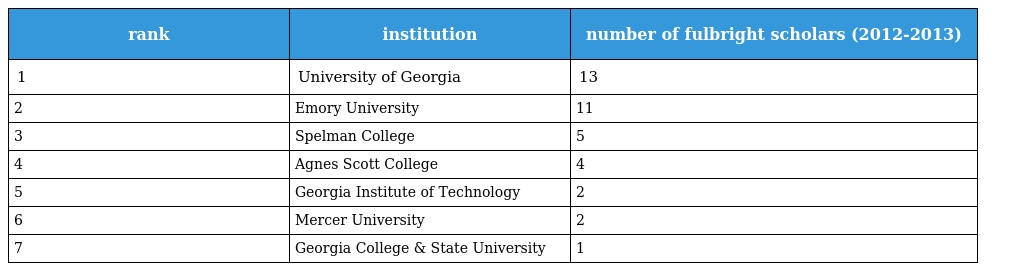
| rank | institution | number of fulbright scholars (2012-2013) |
 | --- | --- | --- |
 | 1 | University of Georgia | 13 |
 | 2 | Emory University | 11 |
 | 3 | Spelman College | 5 |
 | 4 | Agnes Scott College | 4 |
 | 5 | Georgia Institute of Technology | 2 |
 | 6 | Mercer University | 2 |
 | 7 | Georgia College & State University | 1 |